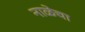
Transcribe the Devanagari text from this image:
नाळेचा